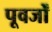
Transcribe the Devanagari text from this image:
पूवर्जों